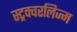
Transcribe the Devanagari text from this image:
स्ट्रक्चरलिज्म